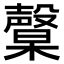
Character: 𣫙